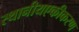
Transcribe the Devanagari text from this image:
स्थानीयएकीकरण